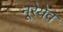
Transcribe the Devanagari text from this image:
नूरेयेव